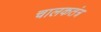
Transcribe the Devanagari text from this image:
चालकतंत्र